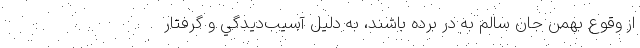
از وقوع بهمن جان سالم به در برده باشند، به دليل آسيب‌ديدگي و گرفتار